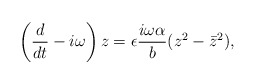
\begin{align*}\left(\frac{d}{dt}-i\omega\right)z=\epsilon\frac{i\omega\alpha}{b}(z^2-{\bar z}^2),\end{align*}